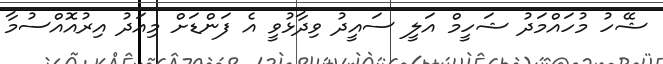
ޝޭހު މުހައްމަދު ޝަހީމް އަލީ ސައީދު ވިދާޅުވީ އެ ފަންޑަށް މިއަދު އިރުއޮއްސުމާ